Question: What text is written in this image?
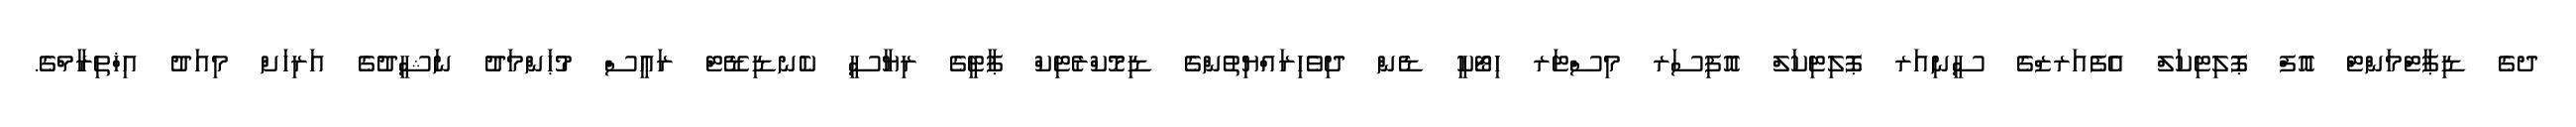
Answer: ދގެ ޑިޕާޓްމަންޓް އޮފް ޕޮލިޓިކަލް އެފެއަރޒްގެ ސީނިއަރ ޕޮލިޓިކަލް އޮފިސަރ މިސްޓަރ ހިޓޯކީ ޑެން ދިވެހިރައްޔިތުންގެ ޑިމޮކްރެޓިކް ޕާޓީގެ ރިޔާސީ ކެނޑިޑޭޓް ރައީސް މުޙަންމަދު ނަޝީދުގެ އަރިހަށް މިއަދު އިޚްތިރާމްގެ.